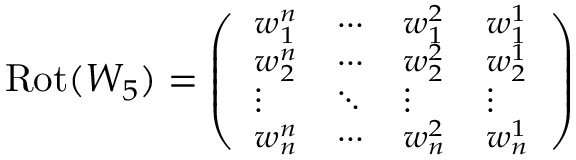
\footnotesize \mathrm { R o t } ( W _ { 5 } ) = \left( \begin{array} { l l l l } { w _ { 1 } ^ { n } } & { \cdots } & { w _ { 1 } ^ { 2 } } & { w _ { 1 } ^ { 1 } } \\ { w _ { 2 } ^ { n } } & { \cdots } & { w _ { 2 } ^ { 2 } } & { w _ { 2 } ^ { 1 } } \\ { \vdots } & { \ddots } & { \vdots } & { \vdots } \\ { w _ { n } ^ { n } } & { \cdots } & { w _ { n } ^ { 2 } } & { w _ { n } ^ { 1 } } \end{array} \right)